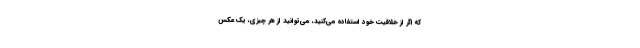
که اگر از خلاقیت خود استفاده می‌کنید، می‌توانید از هر چیزی، یک عکس